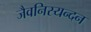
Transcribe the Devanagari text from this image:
जैवनिस्यन्दन